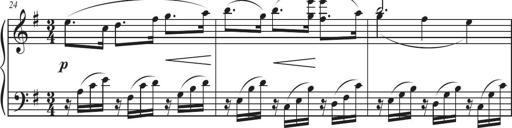
Title: Sonatina in D major
Composer: Shota Saitoh
Key: D major